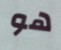
هو